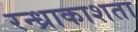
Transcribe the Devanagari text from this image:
रन्ध्राकाशता